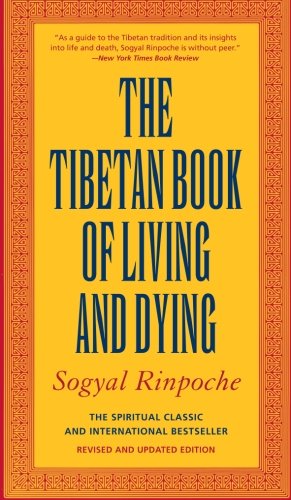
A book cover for The Tibetan Book of Living and Dying: The Spiritual Classic & International Bestseller: 20th Anniversary Edition; Sogyal Rinpoche; Self-Help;